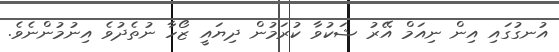
އުނގުގައި އިން ނިއަމް އޭރު ޝަކުވާ ކުރަމުން ދިޔައީ ޒޯހާ ނުތެދުވެ އިނުމުންނެވެ.